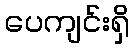
ပေကျင်းရှိ